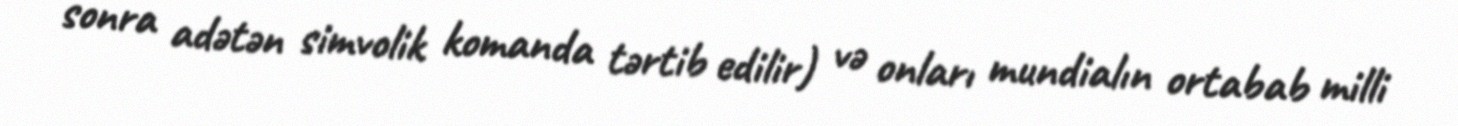
sonra adətən simvolik komanda tərtib edilir) və onları mundialın ortabab milli